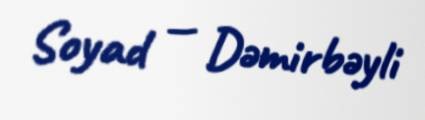
Soyad — Dəmirbəyli